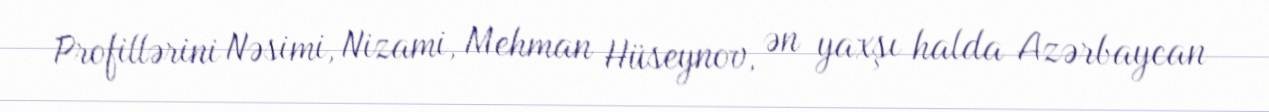
Profillərini Nəsimi, Nizami, Mehman Hüseynov, ən yaxşı halda Azərbaycan